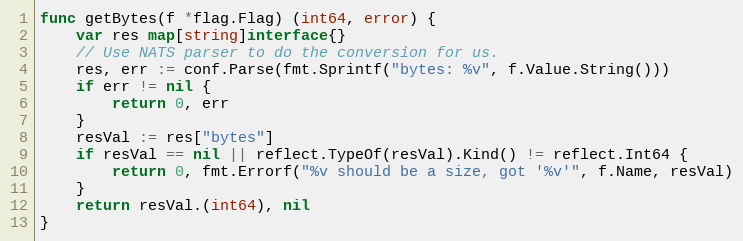
Language: Go
func getBytes(f *flag.Flag) (int64, error) {
	var res map[string]interface{}
	// Use NATS parser to do the conversion for us.
	res, err := conf.Parse(fmt.Sprintf("bytes: %v", f.Value.String()))
	if err != nil {
		return 0, err
	}
	resVal := res["bytes"]
	if resVal == nil || reflect.TypeOf(resVal).Kind() != reflect.Int64 {
		return 0, fmt.Errorf("%v should be a size, got '%v'", f.Name, resVal)
	}
	return resVal.(int64), nil
}